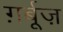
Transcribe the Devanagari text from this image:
ग़र्बूज़